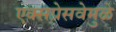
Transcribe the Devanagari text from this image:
एक्सप्रेसवेमुळे